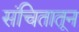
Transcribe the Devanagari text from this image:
संचितातून